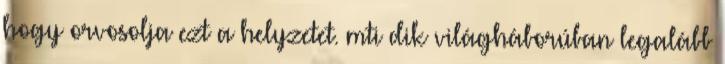
hogy orvosolja ezt a helyzetet. mti dik világháborúban legalább